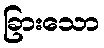
ခြားသော